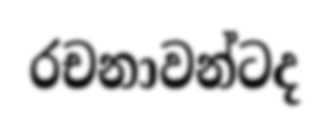
රචනාවන්ටද